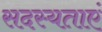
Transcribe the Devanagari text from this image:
सदस्यताएं